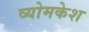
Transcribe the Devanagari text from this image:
व्‍योमकेश